Standards of the constituents of the urine and blood and the bearing of the metabolism of Bengalis on the problems of nutrition - Number 34
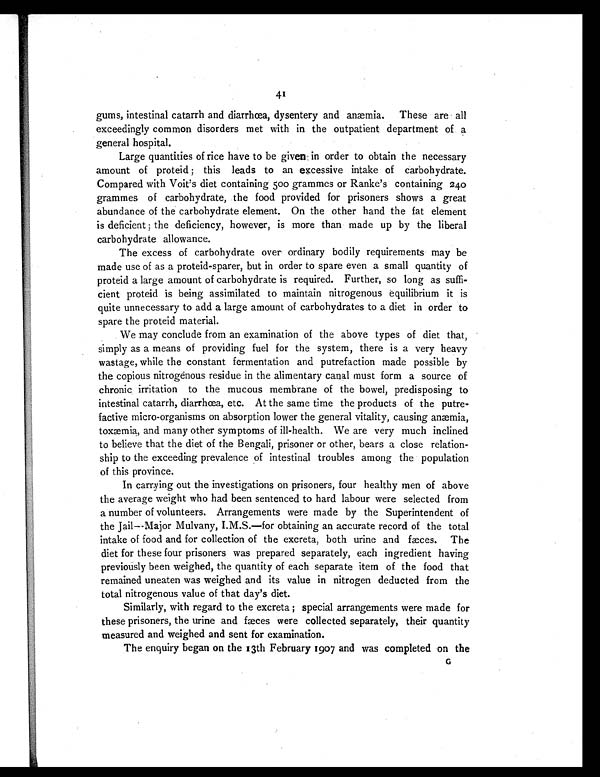
41
gums, intestinal catarrh and diarrhœa, dysentery and anæmi.. These are all
exceedingly common disorders met with in the outpatient department of a
general hospital.
Large quantities of rice have to be given in order to obtain the necessary
amount of proteid ; this leads to an excessive intake of carbohydrate.
Compared with Voit's diet containing 500 grammes or Ranke's containing 240
grammes of carbohydrate, the food provided for prisoners shows a great
abundance of the carbohydrate element. On the other hand the fat element
is deficient ; the deficiency, however, is more than made up by the liberal
carbohydrate allowance.
The excess of carbohydrate over ordinary bodily requirements may be
made use of as a proteid-sparer, but in order to spare even a small quantity of
proteid a large amount of carbohydrate is required. Further, so long as suffi-
cient proteid is being assimilated to maintain nitrogenous equilibrium it is
quite unnecessary to add a large amount of carbohydrates to a diet in order to
spare the proteid material.
We may conclude from an examination of the above types of diet that,
simply as a means of providing fuel for the system, there is a very heavy
wastage, while the constant fermentation and putrefaction made possible by
the copious nitrogenous residue in the alimentary canal must form a source of
chronic irritation to the mucous membrane of the bowel, predisposing to
intestinal catarrh, diarrhœa, etc. At the same time the products of the putre-
factive micro-organisms on absorption lower the general vitality, causing anæmia,
toxæmia, and many other symptoms of ill-health. We are very much inclined
to believe that the diet of the Bengali, prisoner or other, bears a close relation-
ship to the exceeding prevalence of intestinal troubles among the population
of this province.
In carrying out the investigations on prisoners, four healthy men of above
the average weight who had been sentenced to hard labour were selected from
a number of volunteers. Arrangements were made by the Superintendent of
the Jail—Major Mulvany, I.M.S.—for obtaining an accurate record of the total
intake of food and for collection of the excreta, both urine and fæces. The
diet for these four prisoners was prepared separately, each ingredient having
previously been weighed, the quantity of each separate item of the food that
remained uneaten was weighed and its value in nitrogen deducted from the
total nitrogenous value of that day's diet.
Similarly, with regard to the excreta ; special arrangements were made for
these prisoners, the urine and fæces were collected separately, their quantity
measured and weighed and sent for examination.
The enquiry began on the 13th February 1907 and was completed on the G